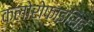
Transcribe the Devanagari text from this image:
क्लोरोफाइसिई